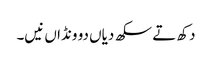
دکھ تے سکھ دیاں دو ونڈاں نیں۔